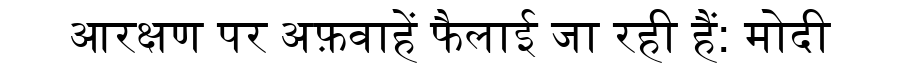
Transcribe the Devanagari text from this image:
आरक्षण पर अफ़वाहें फैलाई जा रही हैं: मोदी